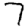
Digit: 7